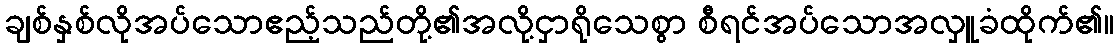
ချစ်နှစ်လိုအပ်သောဧည့်သည်တို့၏အလို့ငှာရိုသေစွာ စီရင်အပ်သောအလှူခံထိုက်၏။